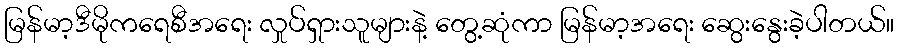
မြန်မာ့ဒီမိုကရေစီအရေး လှုပ်ရှားသူများနဲ့ တွေ့ဆုံကာ မြန်မာ့အရေး ဆွေးနွေးခဲ့ပါတယ်။